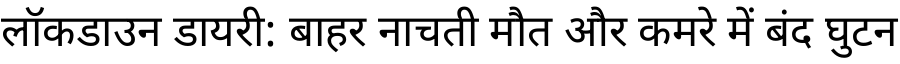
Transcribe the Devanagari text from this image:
लॉकडाउन डायरी: बाहर नाचती मौत और कमरे में बंद घुटन